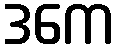
ဒကေ